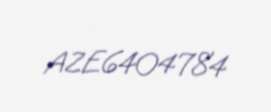
AZE6404784